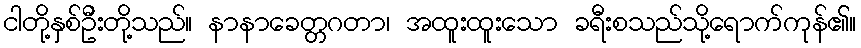
ငါတို့နှစ်ဦးတို့သည်။ နာနာခေတ္တဂတာ၊ အထူးထူးသော ခရီးစသည်သို့ရောက်ကုန်၏။